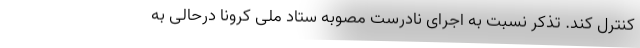
کنترل کند. تذکر نسبت به اجرای نادرست مصوبه ستاد ملی کرونا درحالی به